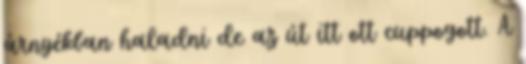
árnyékban haladni de az út itt ott cuppogott. A